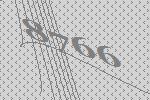
8766